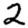
Digit: 2